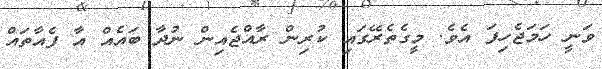
ވަނީ ހަމަޖެހިފަ އެވެ. މީގެތެރޭގައި ކުރިން ރާއްޖެއިން ނުދާ ބައެއް އާ ފެއާތައް